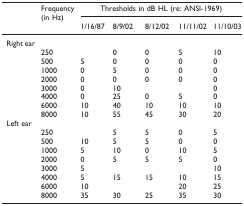
<table><thead><tr><td>[EMPTY_CELL]</td><td><b>Frequency (in Hz)</b></td><td colspan="5"><b>Thresholds in dB HL (re: ANSI-1969)</b></td></tr><tr><td>[EMPTY_CELL]</td><td>[EMPTY_CELL]</td><td><b>1/16/87</b></td><td><b>8/9/02</b></td><td><b>8/12/02</b></td><td><b>11/11/02</b></td><td><b>11/10/03</b></td></tr></thead><tbody><tr><td>Right ear</td><td>[EMPTY_CELL]</td><td>[EMPTY_CELL]</td><td>[EMPTY_CELL]</td><td>[EMPTY_CELL]</td><td>[EMPTY_CELL]</td><td>[EMPTY_CELL]</td></tr><tr><td>[EMPTY_CELL]</td><td>250</td><td>[EMPTY_CELL]</td><td>0</td><td>0</td><td>5</td><td>10</td></tr><tr><td>[EMPTY_CELL]</td><td>500</td><td>5</td><td>0</td><td>0</td><td>0</td><td>0</td></tr><tr><td>[EMPTY_CELL]</td><td>1000</td><td>0</td><td>5</td><td>0</td><td>0</td><td>0</td></tr><tr><td>[EMPTY_CELL]</td><td>2000</td><td>0</td><td>0</td><td>0</td><td>0</td><td>0</td></tr><tr><td>[EMPTY_CELL]</td><td>3000</td><td>0</td><td>10</td><td>[EMPTY_CELL]</td><td>[EMPTY_CELL]</td><td>0</td></tr><tr><td>[EMPTY_CELL]</td><td>4000</td><td>0</td><td>25</td><td>0</td><td>5</td><td>0</td></tr><tr><td>[EMPTY_CELL]</td><td>6000</td><td>10</td><td>40</td><td>10</td><td>10</td><td>10</td></tr><tr><td>[EMPTY_CELL]</td><td>8000</td><td>10</td><td>55</td><td>45</td><td>30</td><td>20</td></tr><tr><td>Left ear</td><td>[EMPTY_CELL]</td><td>[EMPTY_CELL]</td><td>[EMPTY_CELL]</td><td>[EMPTY_CELL]</td><td>[EMPTY_CELL]</td><td>[EMPTY_CELL]</td></tr><tr><td>[EMPTY_CELL]</td><td>250</td><td>[EMPTY_CELL]</td><td>5</td><td>5</td><td>0</td><td>5</td></tr><tr><td>[EMPTY_CELL]</td><td>500</td><td>10</td><td>5</td><td>5</td><td>0</td><td>0</td></tr><tr><td>[EMPTY_CELL]</td><td>1000</td><td>5</td><td>10</td><td>0</td><td>10</td><td>5</td></tr><tr><td>[EMPTY_CELL]</td><td>2000</td><td>0</td><td>5</td><td>5</td><td>5</td><td>0</td></tr><tr><td>[EMPTY_CELL]</td><td>3000</td><td>5</td><td>[EMPTY_CELL]</td><td>[EMPTY_CELL]</td><td>[EMPTY_CELL]</td><td>10</td></tr><tr><td>[EMPTY_CELL]</td><td>4000</td><td>5</td><td>15</td><td>15</td><td>10</td><td>15</td></tr><tr><td>[EMPTY_CELL]</td><td>6000</td><td>10</td><td>[EMPTY_CELL]</td><td>[EMPTY_CELL]</td><td>20</td><td>25</td></tr><tr><td>[EMPTY_CELL]</td><td>8000</td><td>35</td><td>30</td><td>25</td><td>35</td><td>30</td></tr></tbody></table>